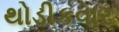
થોડીકવાર